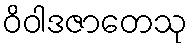
ဝိဝါဒဇာတေသု